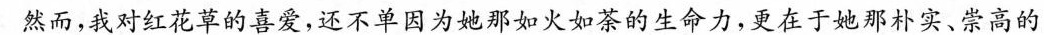
然而，我对红花草的喜爱，还不单因为她那如火如荼的生命力，更在于她那朴实、崇高的